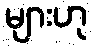
များဟု